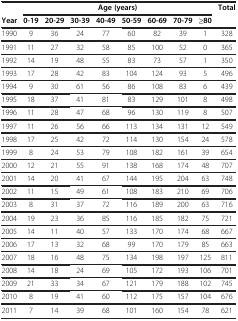
<table><thead><tr><td><b> </b></td><td colspan="8"><b>Age (years)</b></td><td><b>Total</b></td></tr><tr><td><b>Year</b></td><td><b>0-19</b></td><td><b>20-29</b></td><td><b>30-39</b></td><td><b>40-49</b></td><td><b>50-59</b></td><td><b>60-69</b></td><td><b>70-79</b></td><td><b>≥80</b></td><td><b> </b></td></tr></thead><tbody><tr><td>1990</td><td>9</td><td>36</td><td>24</td><td>77</td><td>60</td><td>82</td><td>39</td><td>1</td><td>328</td></tr><tr><td>1991</td><td>11</td><td>27</td><td>32</td><td>58</td><td>85</td><td>100</td><td>52</td><td>0</td><td>365</td></tr><tr><td>1992</td><td>14</td><td>19</td><td>48</td><td>55</td><td>83</td><td>73</td><td>57</td><td>1</td><td>350</td></tr><tr><td>1993</td><td>17</td><td>28</td><td>42</td><td>83</td><td>104</td><td>124</td><td>93</td><td>5</td><td>496</td></tr><tr><td>1994</td><td>9</td><td>30</td><td>61</td><td>56</td><td>86</td><td>108</td><td>83</td><td>6</td><td>439</td></tr><tr><td>1995</td><td>18</td><td>37</td><td>41</td><td>81</td><td>83</td><td>129</td><td>101</td><td>8</td><td>498</td></tr><tr><td>1996</td><td>11</td><td>28</td><td>47</td><td>68</td><td>96</td><td>130</td><td>119</td><td>8</td><td>507</td></tr><tr><td>1997</td><td>11</td><td>26</td><td>56</td><td>66</td><td>113</td><td>134</td><td>131</td><td>12</td><td>549</td></tr><tr><td>1998</td><td>17</td><td>25</td><td>42</td><td>72</td><td>114</td><td>130</td><td>154</td><td>24</td><td>578</td></tr><tr><td>1999</td><td>8</td><td>24</td><td>53</td><td>79</td><td>108</td><td>182</td><td>161</td><td>39</td><td>654</td></tr><tr><td>2000</td><td>12</td><td>21</td><td>55</td><td>91</td><td>138</td><td>168</td><td>174</td><td>48</td><td>707</td></tr><tr><td>2001</td><td>14</td><td>20</td><td>41</td><td>67</td><td>144</td><td>195</td><td>204</td><td>63</td><td>748</td></tr><tr><td>2002</td><td>11</td><td>15</td><td>49</td><td>61</td><td>108</td><td>183</td><td>210</td><td>69</td><td>706</td></tr><tr><td>2003</td><td>8</td><td>31</td><td>37</td><td>72</td><td>116</td><td>189</td><td>200</td><td>63</td><td>716</td></tr><tr><td>2004</td><td>19</td><td>23</td><td>36</td><td>85</td><td>116</td><td>185</td><td>182</td><td>75</td><td>721</td></tr><tr><td>2005</td><td>14</td><td>11</td><td>40</td><td>57</td><td>133</td><td>170</td><td>174</td><td>68</td><td>667</td></tr><tr><td>2006</td><td>17</td><td>13</td><td>32</td><td>68</td><td>99</td><td>170</td><td>179</td><td>85</td><td>663</td></tr><tr><td>2007</td><td>18</td><td>16</td><td>48</td><td>75</td><td>134</td><td>198</td><td>197</td><td>125</td><td>811</td></tr><tr><td>2008</td><td>14</td><td>18</td><td>24</td><td>69</td><td>105</td><td>172</td><td>193</td><td>106</td><td>701</td></tr><tr><td>2009</td><td>21</td><td>33</td><td>34</td><td>67</td><td>121</td><td>179</td><td>188</td><td>102</td><td>745</td></tr><tr><td>2010</td><td>8</td><td>19</td><td>41</td><td>60</td><td>112</td><td>175</td><td>157</td><td>104</td><td>676</td></tr><tr><td>2011</td><td>7</td><td>14</td><td>39</td><td>68</td><td>101</td><td>160</td><td>154</td><td>78</td><td>621</td></tr></tbody></table>